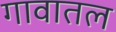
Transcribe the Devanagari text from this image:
गावातल